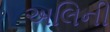
અલિની